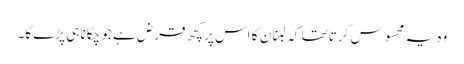
وہ یہ محسوس کرتا تھا کہ لبنان کا اس پر کچھ قرض ہے جو چکانا ہی پڑے گا۔